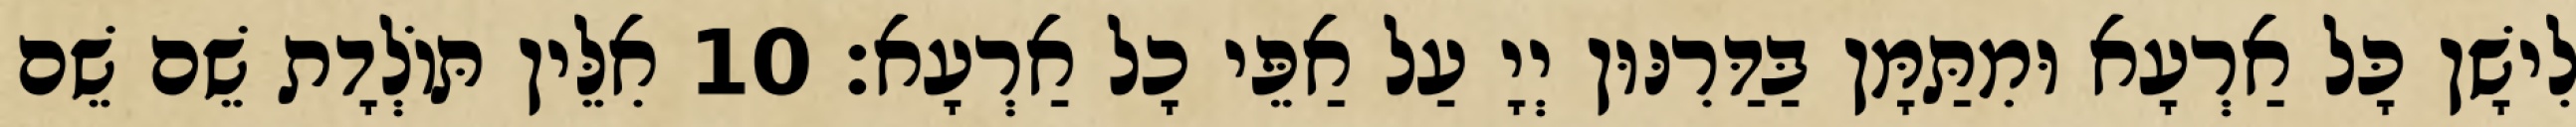
לִישָׁן כָּל אַרְעָא וּמִתַּמָּן בַּדַּרִנּוּן יְיָ עַל אַפֵּי כָל אַרְעָא׃ 10 אִלֵּין תּוֹלְדָת שֵׁם שֵׁם